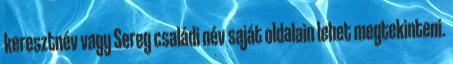
keresztnév vagy Sereg családi név saját oldalain lehet megtekinteni.